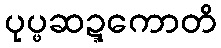
ပုပ္ဖဆဍ္ဍကောတိ